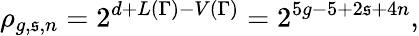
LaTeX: \rho_{g,\mathfrak{s},n}=2^{d+L(\Gamma)-V(\Gamma)}=2^{5g-5+2\mathfrak{s}+4n},